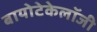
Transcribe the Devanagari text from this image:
बायोटेकेलॉजी